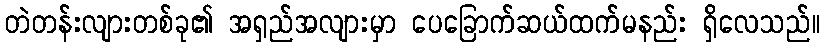
တဲတန်းလျားတစ်ခု၏ အရှည်အလျားမှာ ပေခြောက်ဆယ်ထက်မနည်း ရှိလေသည်။